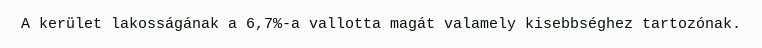
A kerület lakosságának a 6,7%-a vallotta magát valamely kisebbséghez tartozónak.